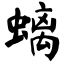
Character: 螭